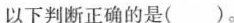
以下判断正确的是( )。